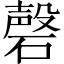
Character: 磬